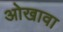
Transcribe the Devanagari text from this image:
ओखावा